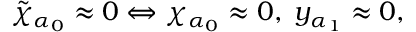
\tilde { \chi } _ { \alpha _ { 0 } } \approx 0 \Leftrightarrow \chi _ { \alpha _ { 0 } } \approx 0 , \; y _ { \alpha _ { 1 } } \approx 0 ,